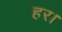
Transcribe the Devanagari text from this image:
हर।